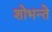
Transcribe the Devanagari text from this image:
शोभन्ते